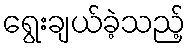
ရွေးချယ်ခဲ့သည့်